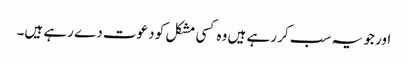
اور جو یہ سب کر رہے ہیں وہ کسی مشکل کو دعوت دے رہے ہیں۔